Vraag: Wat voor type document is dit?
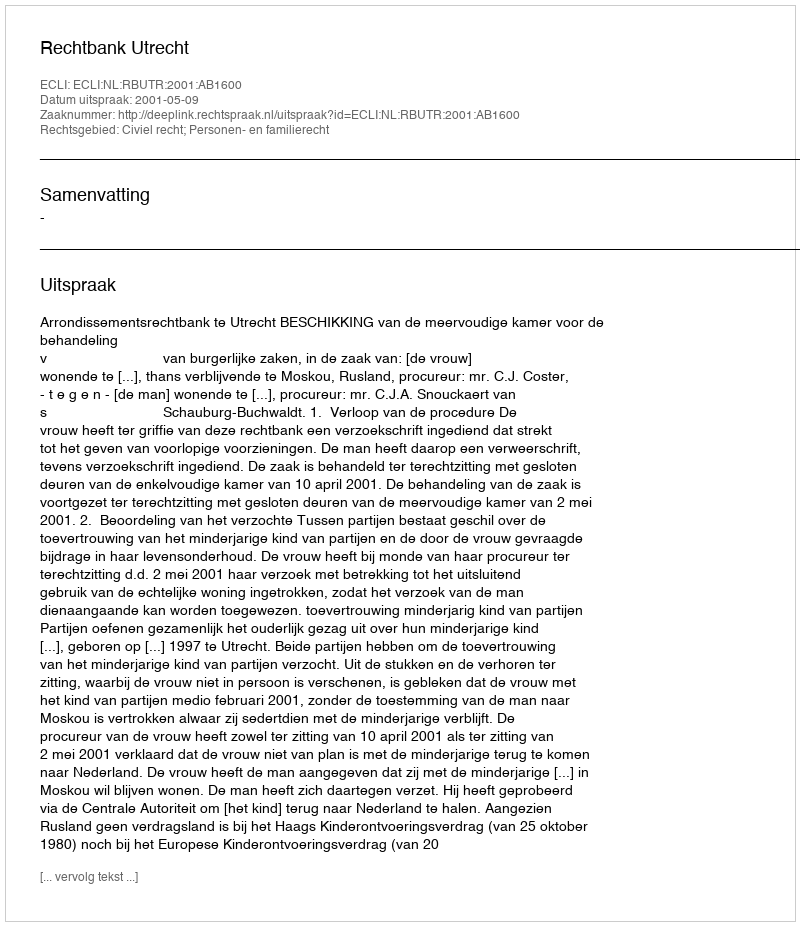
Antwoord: Uitspraak